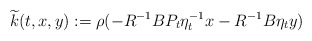
\begin{align*} \widetilde k(t,x,y):=\rho(-R^{-1}BP_t\eta_t^{-1}x-R^{-1}B\eta_t y)\quad \end{align*}